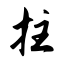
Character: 拄